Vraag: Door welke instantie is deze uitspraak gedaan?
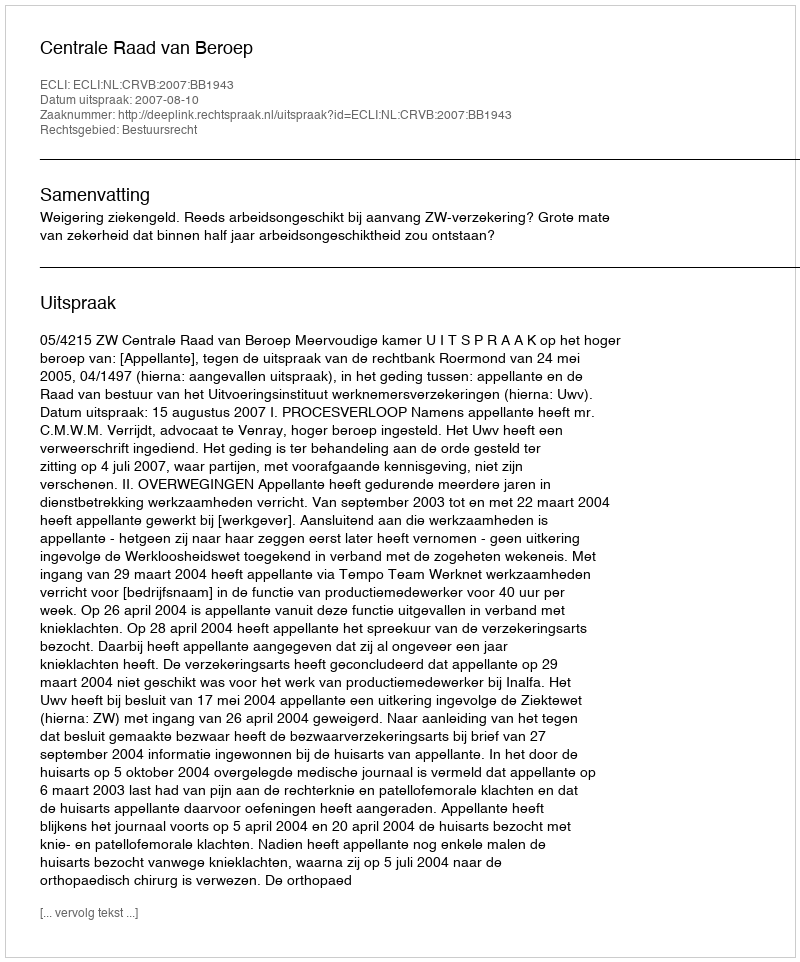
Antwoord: Centrale Raad van Beroep